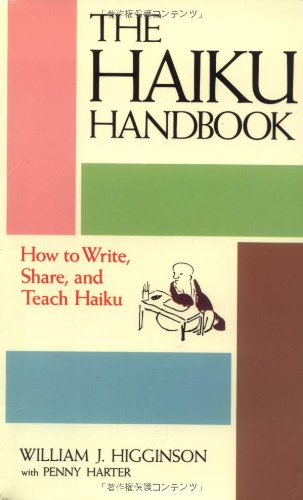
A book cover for The Haiku Handbook: How to Write, Share, and Teach Haiku; William J. Higginson; Literature & Fiction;